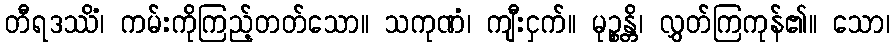
တီရဒဿိံ၊ ကမ်းကိုကြည့်တတ်သော။ သကုဏံ၊ ကျီးငှက်။ မုဉ္စန္တိ၊ လွှတ်ကြကုန်၏။ သော၊